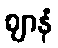
ဈာနံ